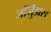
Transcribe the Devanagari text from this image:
जॉर्जुडास